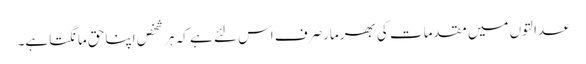
عدالتوں میں مقدمات کی بھرمارصرف اس لئے ہے کہ ہرشخص اپناحق مانگتاہے۔